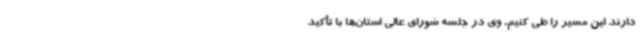
دارند این مسیر را طی کنیم. وی در جلسه شورای عالی استان‌ها با تأکید